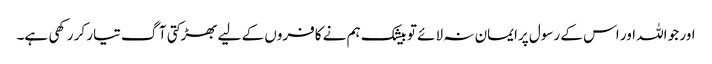
اور جو اللہ اور اس کے رسول پرایمان نہ لائے تو بیشک ہم نے کافروں کے لیے بھڑکتی آگ تیار کر رکھی ہے۔